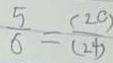
\frac { 5 } { 6 } = \frac { ( 2 0 ) } { ( 2 4 ) }